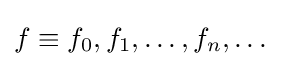
f\equiv f_{0},f_{1},\dotsc ,f_{n},\dotsc